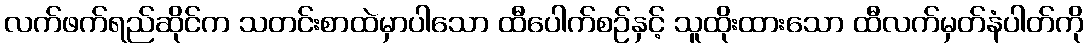
လက်ဖက်ရည်ဆိုင်က သတင်းစာထဲမှာပါသော ထီပေါက်စဉ်နှင့် သူထိုးထားသော ထီလက်မှတ်နံပါတ်ကို